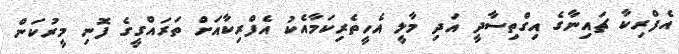
އެފްރިކާ ޗައިނާގެ އިގްތިސާދީ އަދި މާލީ އެހީތެރިކަމާއެކު އެފްރިކާއަށް ތަރައްގީގެ ފޮނި މީރުކަން